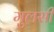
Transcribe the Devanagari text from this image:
मुलसी